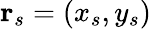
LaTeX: \mathbf{r}_{s}=(x_{s},y_{s})